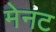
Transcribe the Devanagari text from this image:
मेनट